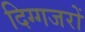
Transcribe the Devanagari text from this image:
दिग्गजरों